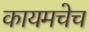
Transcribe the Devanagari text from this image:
कायमचेच